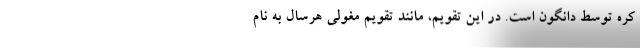
کره توسط دانگون است. در این تقویم، مانند تقویم مغولی هرسال به نام